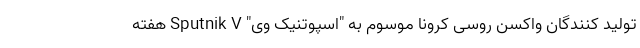
تولید کنندگان واکسن روسی کرونا موسوم به "اسپوتنیک وی" Sputnik V هفته